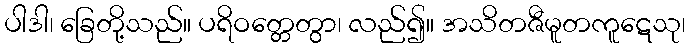
ပါဒါ၊ ခြေတို့သည်။ ပရိဝတ္တေတွာ၊ လည်၍။ အသိတဇီမူတကူဋေသု၊